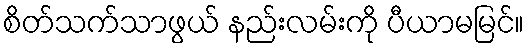
စိတ်သက်သာဖွယ် နည်းလမ်းကို ပီယာမမြင်။